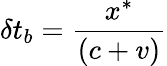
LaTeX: \delta t_{b}={\frac{x^{\ast}}{\left(c+v\right)}}